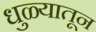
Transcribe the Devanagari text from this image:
धुळ्यातून